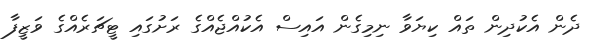
ދެން އެކުދިން ތައް ކިޔަވާ ނިމިގެން އައިސް އެކުއްޖެއްގެ ރަށުގައި ޓީޗަރެއްގެ ވަޒީފާ